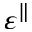
\varepsilon ^ { \parallel }